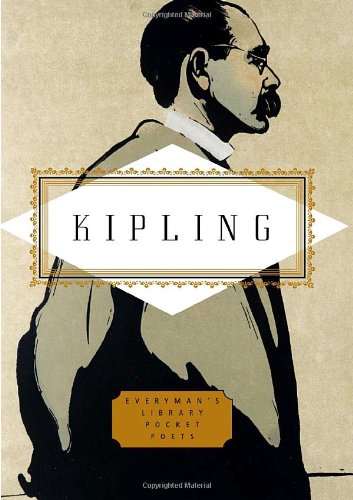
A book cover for Kipling: Poems (Everyman's Library Pocket Poets); Rudyard Kipling; Literature & Fiction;